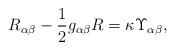
LaTeX: \begin{align*}R_{\alpha \beta }-\frac{1}{2}g_{\alpha \beta }R=\kappa \Upsilon _{\alpha\beta }, \end{align*}